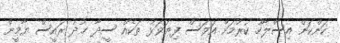
ކަންކަން އިސްލާހު ކުރުމަށް އަވަސް ފިޔަވަޅު ތަކެއް ސީދާ ޚުދު ރައީސް ޔާމީން